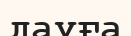
дауға